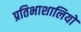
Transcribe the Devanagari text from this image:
प्रतिभाशालियों